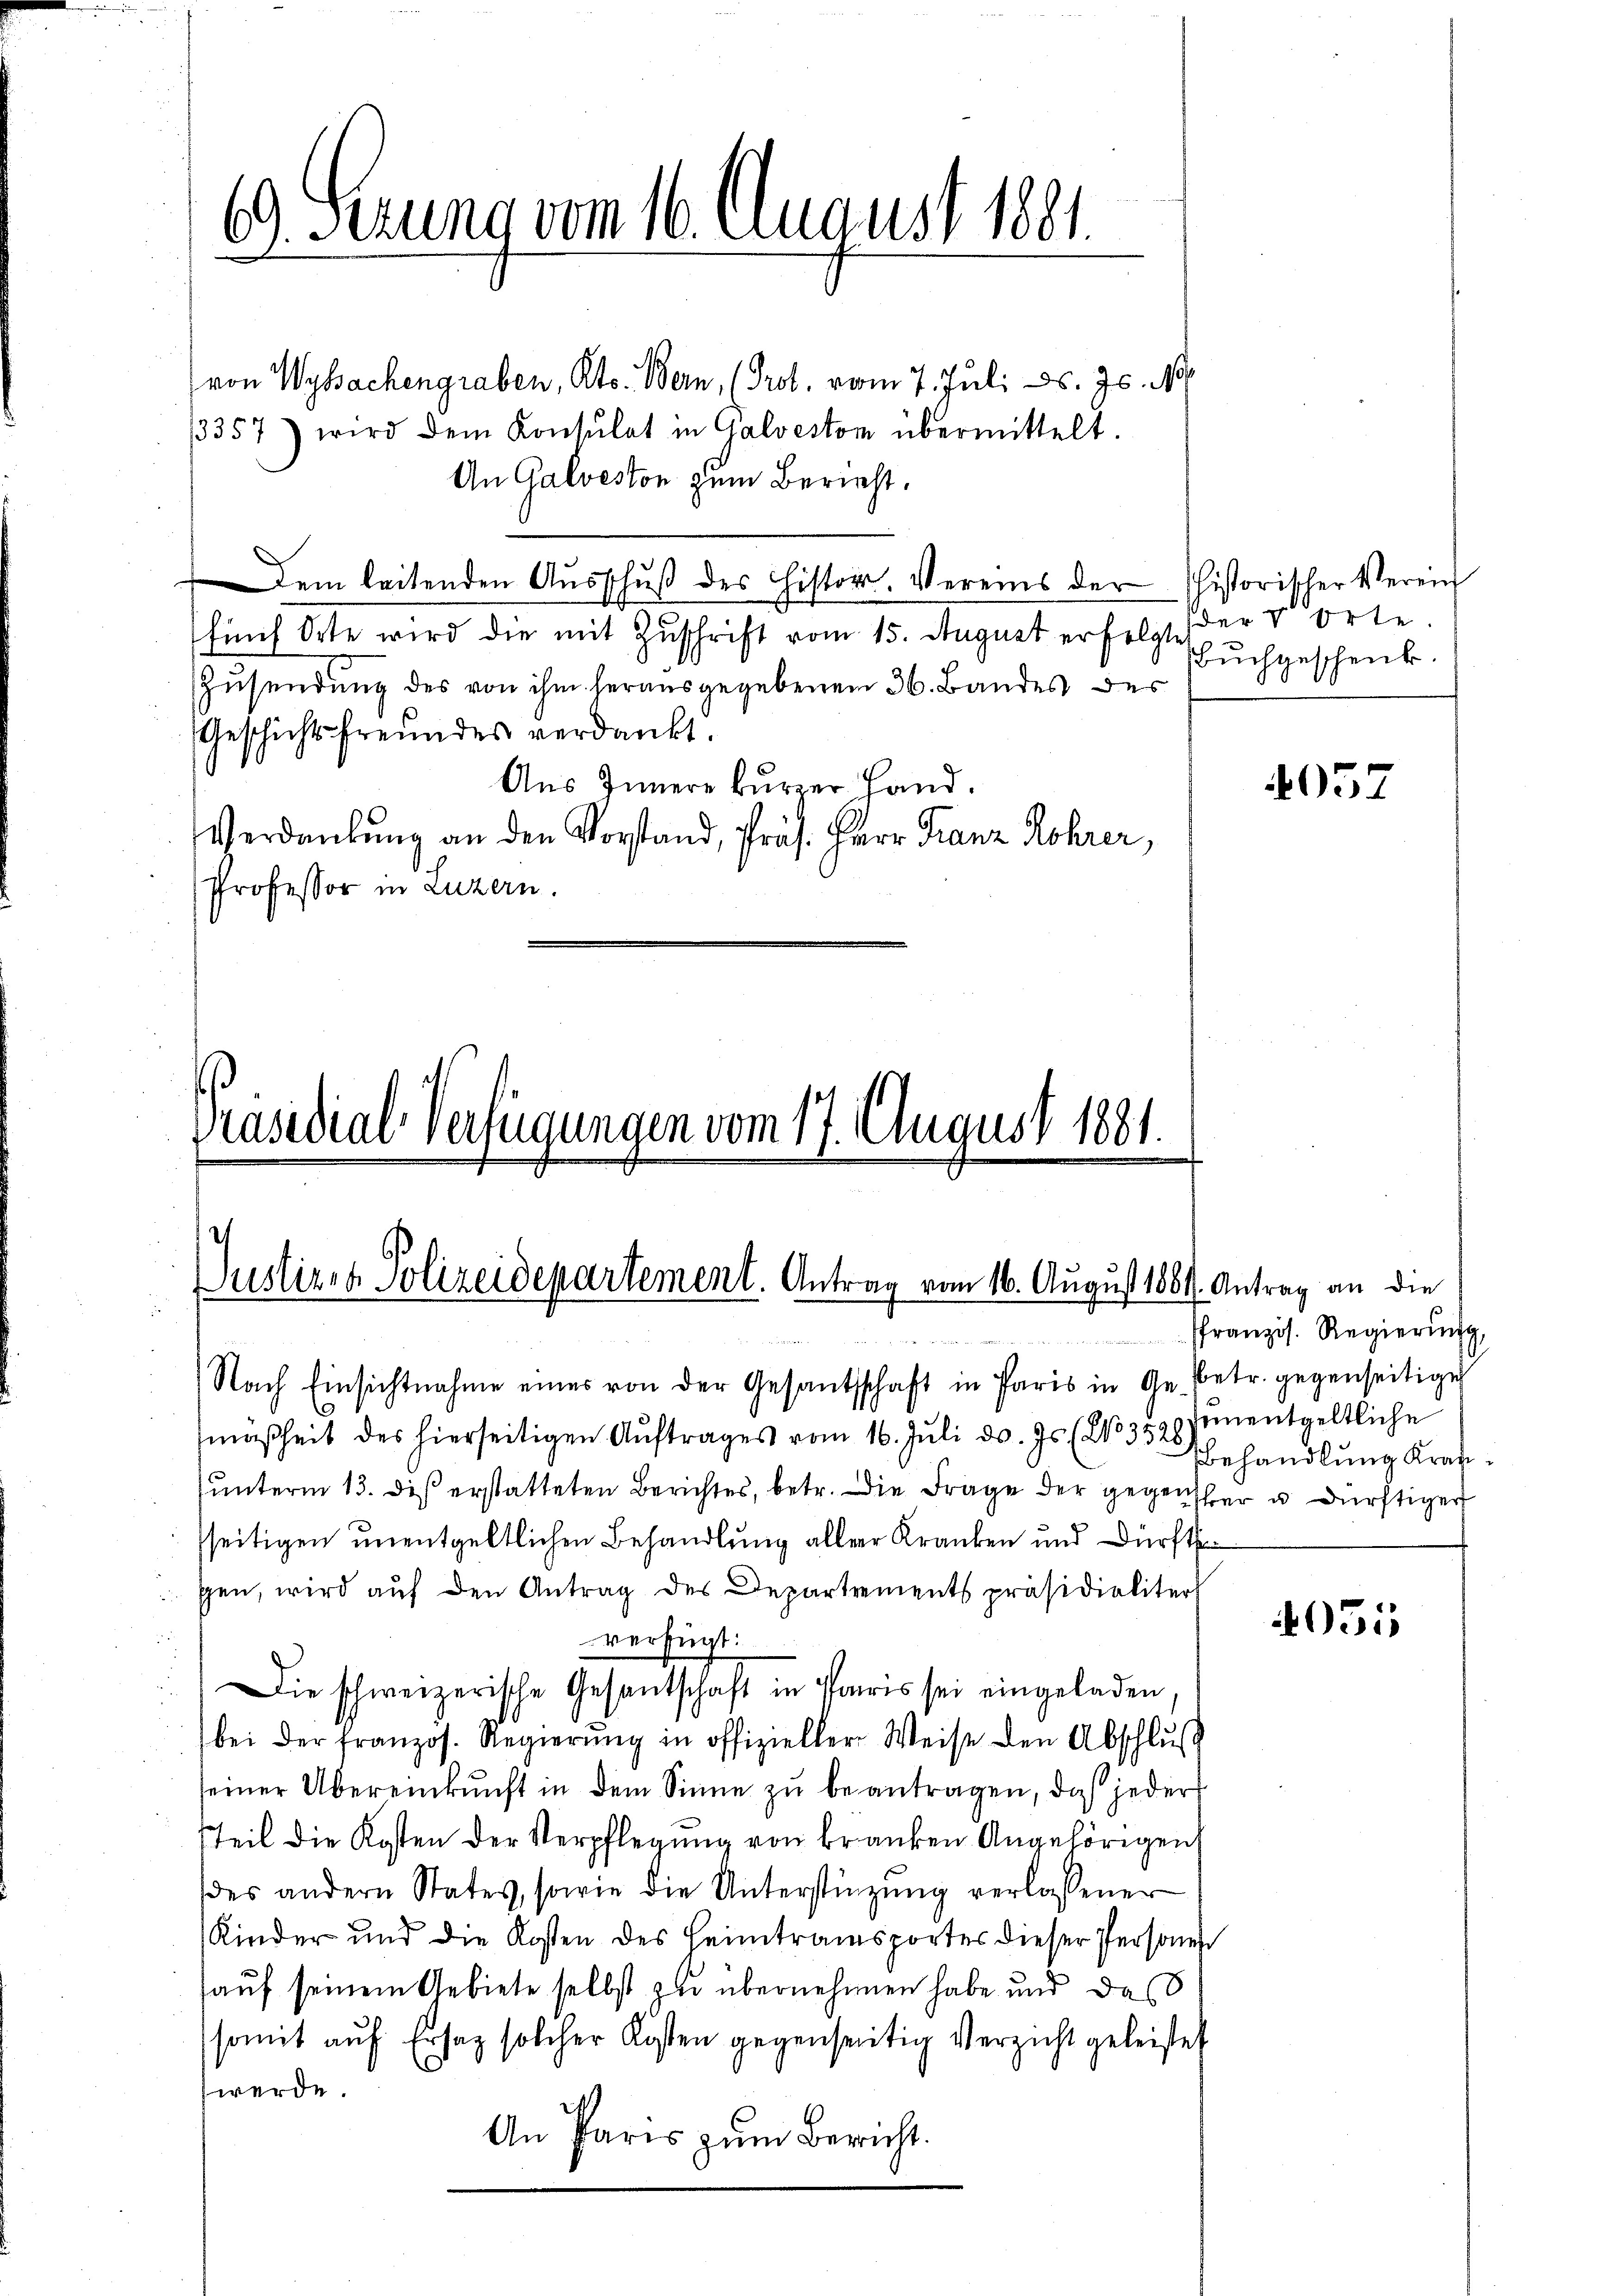
69. Serung vom 16. August 1881.

von Wybachengraben, Kts. Bern, (Prot. vom 7. Juli d. Js. No
3357) wird dem Konsulat in Galveston übermittelt.
An Galveston zum Bericht.
Dem leitenden Ausschuß des Histor. Vereins der
fünf Orte wird die mit Zuschrift vom 15. August erfolgt der v. Orte
Zusendung des von ihm herausgegebenen 36. Bandes des
Geschichtsfreundes verdankt.
Aus Innere kurzer Hand,
Verdankung an den Vorstand, Präs. Herr Franz Rohrer,
Professor in Luzern.

Präsidial-Verfügungen vom 17. August 1881.
Justizen Polizeidepartement. Antrag vom 16. August 1881. Antrag an die
.

m

historischer Verein
Buchgeschenk.

Nach Einsichtnahme einer von der Gesandtschaft in Paris in Ge- betr. gegenseitige
mäßheit des hierseitigen Aŭftrages vom 16. Juli d. Js. (2103520. Jŭnentgeltliche
ŭnterm 13. des erstatteten Berichtes, betr. die Frage der gegensher u. dürftiger
sseitigen unentgeltlichen Behandlung aller Kranken und Dürfte
sen, wird aŭf den Antrag des Departements präsidialiter
i
verfügt:
) Die schweizerische Gesantschaft in Paris sei eingeladen.
bei der französ. Regierŭng in offizieller Weise den Abschlŭβ
seiner Übereinkunft in dem Sinne zu beantragen, das jeder
Teil die Kosten der Verpflegung von Franken Angehörigen
des andern States, sowie die Unterstüzung verlassener
Kinder und die Kosten des Heimtransportes dieser Personen
auf seinem Gebiete selbst zu übernehmen habe und das
somit auf Ersatz solcher Kosten gegenseitig Verzicht geleistet
werde.
An Paris zum Bericht.

4057

ffranzös. Regierung
Behandlung Kran¬

4051